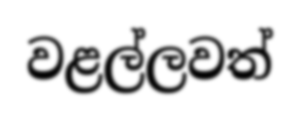
වළල්ලවත්